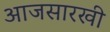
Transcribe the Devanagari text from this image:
आजसारखी